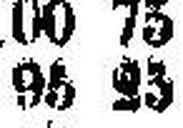
95 23